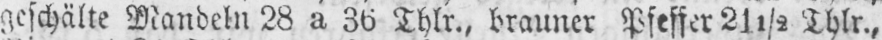
geschälte Mandeln 28 a 36 Thlr., brauner Pfeffer 21½ Thlr.,